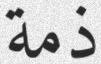
ذمة